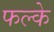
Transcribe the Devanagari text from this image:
फल्के